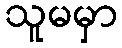
သူမမှာ